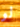
لو